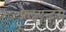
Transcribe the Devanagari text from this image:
फ़्लुएन्टस